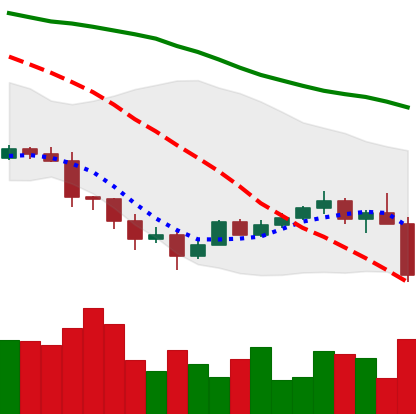
Ticker: TRX-USD
Chart end date: 2022-01-21
Forward return: -7.62%
Label: down_7plus